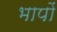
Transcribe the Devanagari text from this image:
भापों